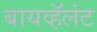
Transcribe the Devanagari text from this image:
बायव्हॅलंट